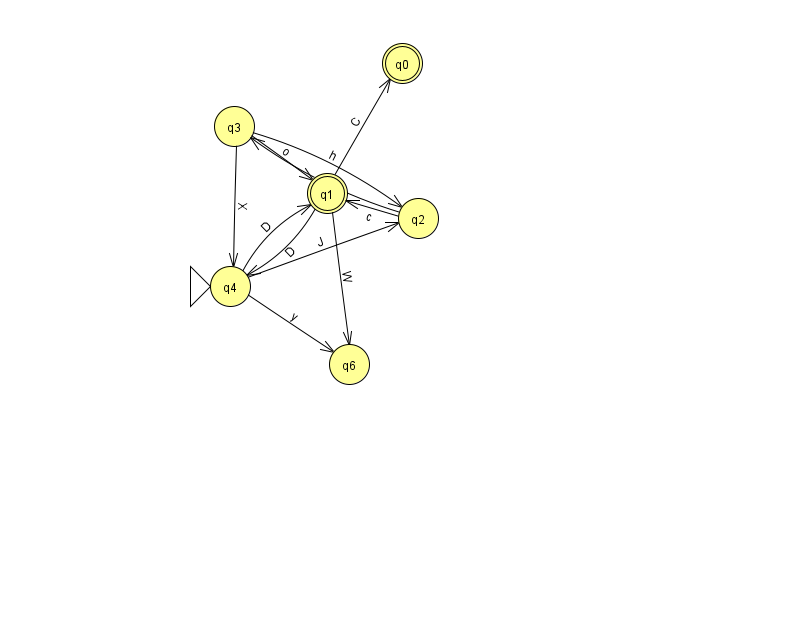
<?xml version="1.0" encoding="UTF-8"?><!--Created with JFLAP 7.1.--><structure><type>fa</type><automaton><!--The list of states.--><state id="0" name="q0"><x>402.0</x><y>50.0</y><final/></state><state id="1" name="q1"><x>327.0</x><y>180.0</y><final/></state><state id="2" name="q2"><x>418.0</x><y>205.0</y></state><state id="3" name="q3"><x>234.0</x><y>113.0</y></state><state id="4" name="q4"><x>230.0</x><y>273.0</y><initial/></state><state id="6" name="q6"><x>349.0</x><y>351.0</y></state><!--The list of transitions.--><transition><from>1</from><to>0</to><read>C</read></transition><transition><from>2</from><to>3</to><read>t</read></transition><transition><from>3</from><to>1</to><read>o</read></transition><transition><from>1</from><to>6</to><read>W</read></transition><transition><from>3</from><to>4</to><read>X</read></transition><transition><from>2</from><to>1</to><read>c</read></transition><transition><from>4</from><to>2</to><read>J</read></transition><transition><from>1</from><to>4</to><read>D</read></transition><transition><from>4</from><to>1</to><read>D</read></transition><transition><from>3</from><to>2</to><read>h</read></transition><transition><from>4</from><to>6</to><read>y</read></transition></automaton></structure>